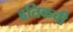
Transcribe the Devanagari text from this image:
हृतिकची